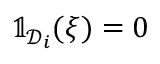
\mathbb { 1 } _ { \mathcal { D } _ { i } } ( { \boldsymbol { \xi } } ) = 0